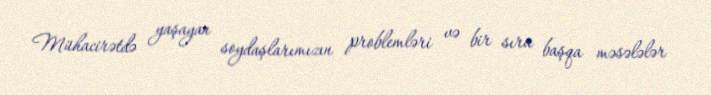
Mühacirətdə yaşayan soydaşlarımızın problemləri və bir sıra başqa məsələlər